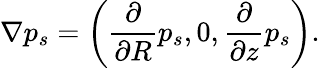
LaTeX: \nabla p_{s}=\left(\frac{\partial}{\partial R}p_{s},0,\frac{\partial}{\partial z}p_{s}\right).